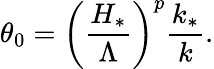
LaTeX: \theta_{0}=\left(\frac{H_{*}}{\Lambda}\right)^{p}\frac{k_{*}}{k}.